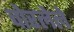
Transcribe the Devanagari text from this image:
चोरलेले